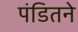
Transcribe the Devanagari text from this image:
पंडितने